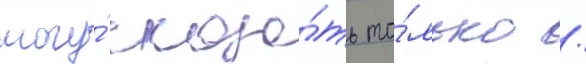
могу́ сказа́ть то́лько /